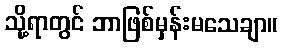
သို့ရာတွင် ဘာဖြစ်မှန်းမသေချာ။